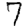
Digit: 7